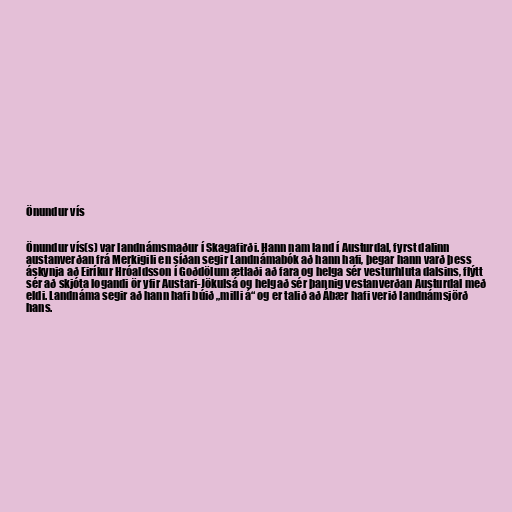
Önundur vís

Önundur vís(s) var landnámsmaður í Skagafirði. Hann nam land í Austurdal, fyrst dalinn
austanverðan frá Merkigili en síðan segir Landnámabók að hann hafi, þegar hann varð þess
áskynja að Eiríkur Hróaldsson í Goðdölum ætlaði að fara og helga sér vesturhluta dalsins, flýtt
sér að skjóta logandi ör yfir Austari-Jökulsá og helgað sér þannig vestanverðan Austurdal með
eldi. Landnáma segir að hann hafi búið „milli á“ og er talið að Ábær hafi verið landnámsjörð
hans.